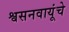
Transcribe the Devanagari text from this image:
श्वसनवायूंचे